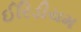
ઈરિડીયમ